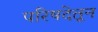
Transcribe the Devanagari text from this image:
परिषदेतून